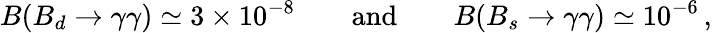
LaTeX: B(B_{d}\to\gamma\gamma)\simeq 3\times 10^{-8}\qquad\textrm{and}\qquad B(B_{s}\to\gamma\gamma)\simeq 10^{-6}\, ,